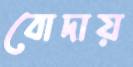
বোদায়